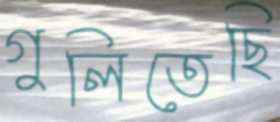
গুলিতেছি